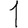
Digit: 1